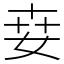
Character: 𡜦